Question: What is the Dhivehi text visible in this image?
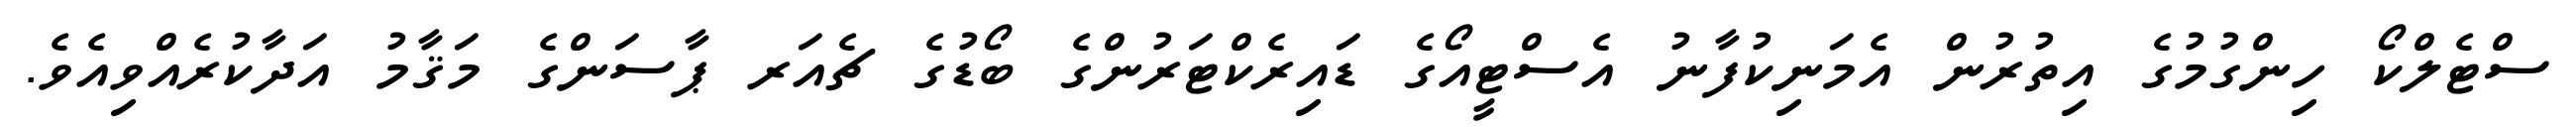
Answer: ސްޓެލްކޯ ހިންގުމުގެ އިތުރުން އެމަނިކުފާނު އެސްޓީއޯގެ ޑައިރެކްޓަރުންގެ ބޯޑުގެ ޗެއަރ ޕާސަންގެ މަޤާމު އަދާކުރެއްވިއެވެ.